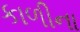
કાળીના